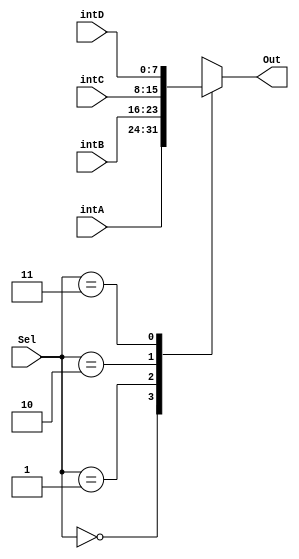
module MUX_4_To_1(intA,intB,intC,intD,Sel,Out);
 parameter b = 8;
 input [b-1:0]intA,intB,intC,intD;
 input [1:0]Sel;
 output reg[b-1:0]Out;



always @(Sel,intA,intB,intC,intB)
begin 
case(Sel)
2'b00:Out = intA;
2'b01:Out = intB;
2'b10:Out = intC;
2'b11:Out = intD;
endcase 

end 
endmodule

/*
 parameter n = 2, b= 8;
 input [b-1:0]intA[(2**n)-1:0];
 input [n-1:0]Sel;
 output reg[b-1:0]Out;
 */